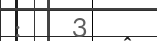
:    3